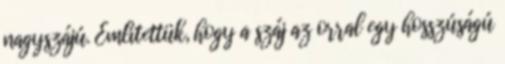
nagyszájú. Említettük, hogy a száj az orral egy hosszúságú